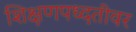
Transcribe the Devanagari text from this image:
शिक्षणपध्दतीवर